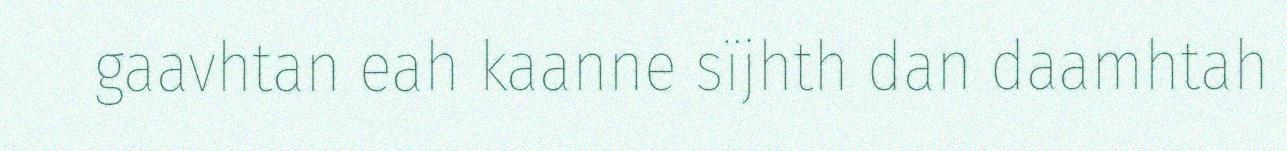
gaavhtan eah kaanne sïjhth dan daamhtah